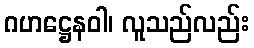
ဂဟဋ္ဌေနဝါ၊ လူသည်လည်း